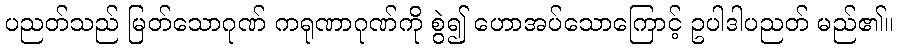
ပညတ်သည် မြတ်သောဂုဏ် ကရုဏာဂုဏ်ကို စွဲ၍ ဟောအပ်သောကြောင့် ဥပါဒါပညတ် မည်၏။